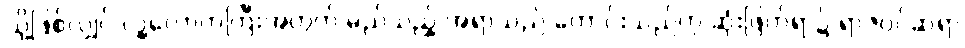
သို့ဖြစ်လျှင် လူ့လောကကြီးအတွက် မည်သည့် အရာသည် ကောင်းသည်ဟု ဆုံးဖြတ်ရာ၌ ရာဇဝင်ဆရာ